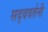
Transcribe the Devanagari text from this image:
सद्ववर्तनी